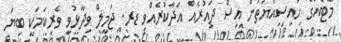
މޭޓެއްގެ ހައިސިއްޔަތުން އިސް ދައުރެއް އަދާކުރެއްވި ޑރ. ޖަމީލް ވިދާޅުވީ ވެރިކަމަކީ ބިޔަ